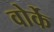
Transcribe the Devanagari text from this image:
वोर्के